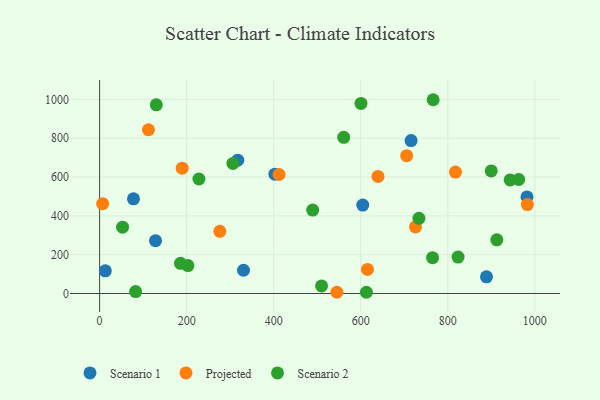
{"axis": {"x": "Distance", "y": "Demand"}, "legend": ["Projected", "Scenario 1", "Scenario 2"], "data": [{"x": "317.4", "y": 687.0, "type": "Scenario 1"}, {"x": "402.7", "y": 614.9, "type": "Scenario 1"}, {"x": "715.7", "y": 787.9, "type": "Scenario 1"}, {"x": "128.5", "y": 272.3, "type": "Scenario 1"}, {"x": "982.0", "y": 497.4, "type": "Scenario 1"}, {"x": "330.6", "y": 119.8, "type": "Scenario 1"}, {"x": "888.9", "y": 85.9, "type": "Scenario 1"}, {"x": "13.1", "y": 116.7, "type": "Scenario 1"}, {"x": "77.8", "y": 488.0, "type": "Scenario 1"}, {"x": "604.6", "y": 455.7, "type": "Scenario 1"}, {"x": "639.6", "y": 603.4, "type": "Projected"}, {"x": "982.9", "y": 458.3, "type": "Projected"}, {"x": "6.9", "y": 463.1, "type": "Projected"}, {"x": "412.3", "y": 613.3, "type": "Projected"}, {"x": "189.7", "y": 645.8, "type": "Projected"}, {"x": "817.7", "y": 625.9, "type": "Projected"}, {"x": "545.1", "y": 6.5, "type": "Projected"}, {"x": "725.8", "y": 343.1, "type": "Projected"}, {"x": "615.5", "y": 124.3, "type": "Projected"}, {"x": "276.2", "y": 320.6, "type": "Projected"}, {"x": "705.5", "y": 710.1, "type": "Projected"}, {"x": "112.2", "y": 843.8, "type": "Projected"}, {"x": "306.3", "y": 670.5, "type": "Scenario 2"}, {"x": "228.2", "y": 590.1, "type": "Scenario 2"}, {"x": "823.7", "y": 187.9, "type": "Scenario 2"}, {"x": "560.9", "y": 804.7, "type": "Scenario 2"}, {"x": "600.6", "y": 979.2, "type": "Scenario 2"}, {"x": "733.7", "y": 387.5, "type": "Scenario 2"}, {"x": "510.0", "y": 38.9, "type": "Scenario 2"}, {"x": "202.9", "y": 144.1, "type": "Scenario 2"}, {"x": "130.2", "y": 972.3, "type": "Scenario 2"}, {"x": "613.0", "y": 6.3, "type": "Scenario 2"}, {"x": "899.9", "y": 631.4, "type": "Scenario 2"}, {"x": "912.7", "y": 276.6, "type": "Scenario 2"}, {"x": "766.4", "y": 998.5, "type": "Scenario 2"}, {"x": "489.6", "y": 430.0, "type": "Scenario 2"}, {"x": "765.0", "y": 184.6, "type": "Scenario 2"}, {"x": "963.1", "y": 587.3, "type": "Scenario 2"}, {"x": "52.7", "y": 341.6, "type": "Scenario 2"}, {"x": "943.3", "y": 585.0, "type": "Scenario 2"}, {"x": "185.8", "y": 155.6, "type": "Scenario 2"}, {"x": "82.7", "y": 10.0, "type": "Scenario 2"}]}